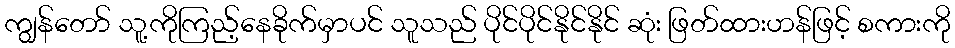
ကျွန်တော် သူ့ကိုကြည့်နေခိုက်မှာပင် သူသည် ပိုင်ပိုင်နိုင်နိုင် ဆုံး ဖြတ်ထားဟန်ဖြင့် စကားကို